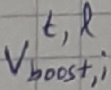
Text: t,l Vboost,1